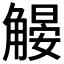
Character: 𧤨